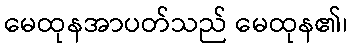
မေထုနအာပတ်သည် မေထုန၏၊